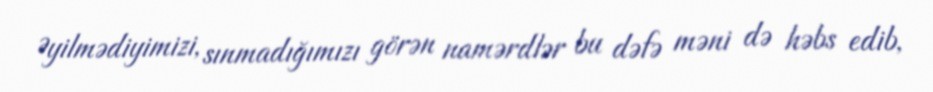
Əyilmədiyimizi, sınmadığımızı görən namərdlər bu dəfə məni də həbs edib,